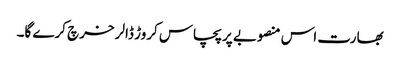
بھارت اس منصوبے پر پچاس کروڑ ڈالر خرچ کرے گا۔